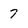
Character: 7